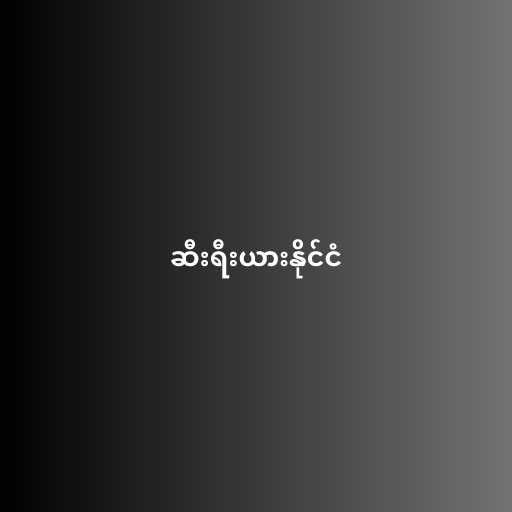
ဆီးရီးယားနိုင်ငံ